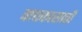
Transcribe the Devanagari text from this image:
वाचकासाठी